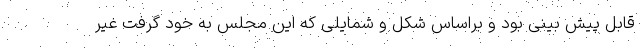
قابل پیش بینی بود و براساس شکل و شمایلی که این مجلس به خود گرفت غیر